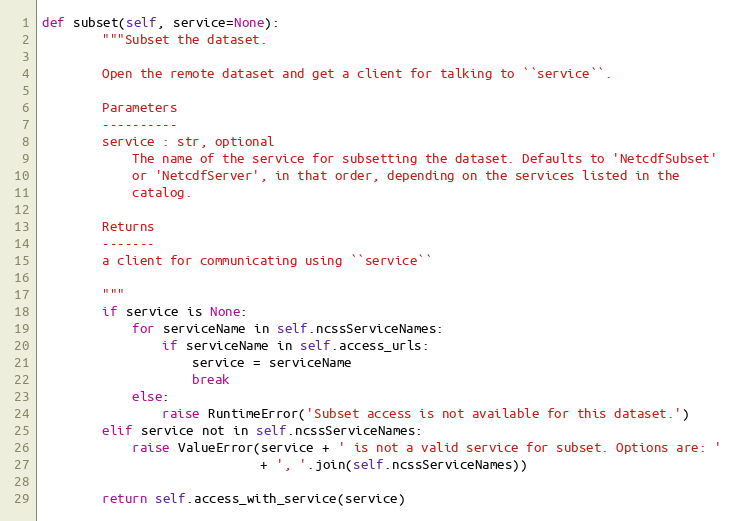
Language: Python
def subset(self, service=None):
        """Subset the dataset.

        Open the remote dataset and get a client for talking to ``service``.

        Parameters
        ----------
        service : str, optional
            The name of the service for subsetting the dataset. Defaults to 'NetcdfSubset'
            or 'NetcdfServer', in that order, depending on the services listed in the
            catalog.

        Returns
        -------
        a client for communicating using ``service``

        """
        if service is None:
            for serviceName in self.ncssServiceNames:
                if serviceName in self.access_urls:
                    service = serviceName
                    break
            else:
                raise RuntimeError('Subset access is not available for this dataset.')
        elif service not in self.ncssServiceNames:
            raise ValueError(service + ' is not a valid service for subset. Options are: '
                             + ', '.join(self.ncssServiceNames))

        return self.access_with_service(service)